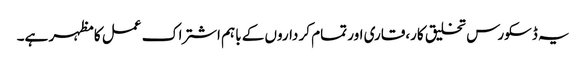
یہ ڈسکورس تخلیق کار،قاری اور تمام کر داروں کے باہم اشتراک عمل کا مظہر ہے۔